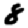
Digit: 8